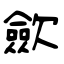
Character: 歛